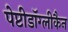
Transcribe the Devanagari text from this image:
पेप्टीडॉग्लीकैन